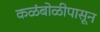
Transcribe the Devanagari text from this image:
कळंबोळीपासून